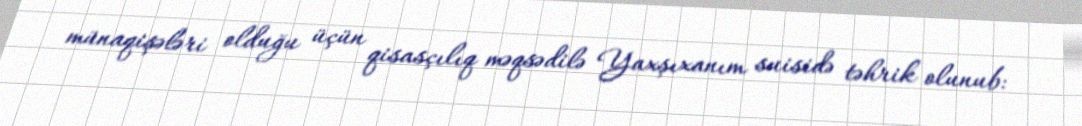
münaqişələri olduğu üçün qisasçılıq məqsədilə Yaxşıxanım suisidə təhrik olunub: